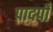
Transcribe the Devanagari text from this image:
पादपोँ